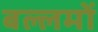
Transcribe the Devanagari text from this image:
बल्लमों